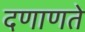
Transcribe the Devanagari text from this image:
दणाणते